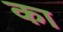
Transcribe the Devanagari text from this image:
का